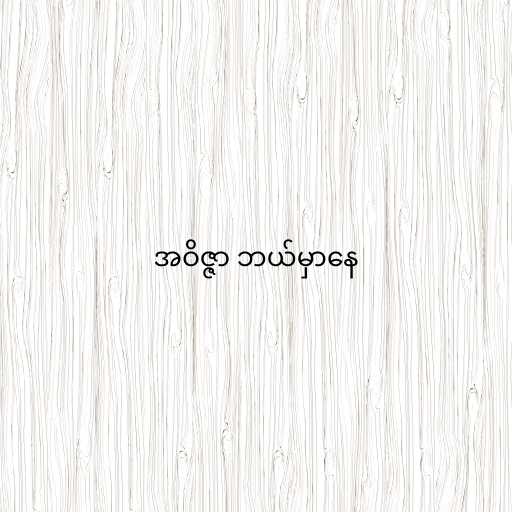
အဝိဇ္ဇာ ဘယ်မှာနေ